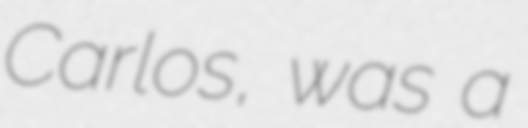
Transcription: Carlos, was a